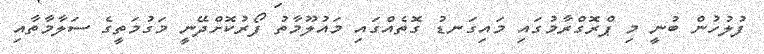
ފުލުހުން ބުނީ މި ޕްރޮގްރާމުގައި މައިގަނޑު ގޮތެއްގައި މައުލޫމާތު ފޯރުކޮށްދޭނީ މަގުމަތީގެ ސަލާމާތާއި